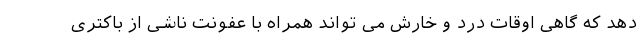
دهد که گاهی اوقات درد و خارش می تواند همراه با عفونت ناشی از باکتری